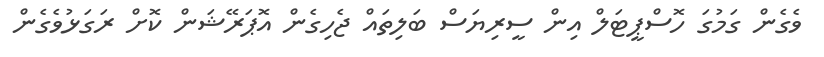
ވެގެން ގަމުގަ ހޮސްޕީޓަލް އިން ސީރިޔަސް ބަލިތައް ޖެހިގެން އޮޕަރޭޝަން ކޮށް ރަގަޅުވެގެން